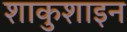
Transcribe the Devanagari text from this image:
शाकुशाइन